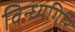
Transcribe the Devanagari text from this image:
विन्ध्यगिरि